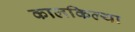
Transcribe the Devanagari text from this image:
कालकिल्या